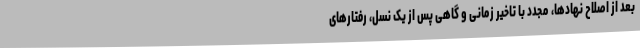
بعد از اصلاح نهادها، مجدد با تاخیر زمانی و گاهی پس از یک نسل، رفتارهای